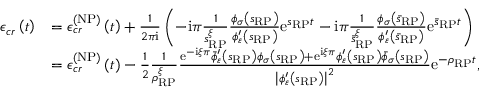
\begin{array} { r l } { \mathcal { \epsilon } _ { c r } \left( t \right) } & { = \mathcal { \epsilon } _ { c r } ^ { \left( \mathrm { N P } \right) } \left( t \right) + \frac { 1 } { 2 \pi \mathrm { i } } \left( - \mathrm { i } \pi \frac { 1 } { s _ { \scriptscriptstyle { \mathrm { R P } } } ^ { \xi } } \frac { \phi _ { \sigma } \left( s _ { \scriptscriptstyle { \mathrm { R P } } } \right) } { \phi _ { \varepsilon } ^ { \prime } \left( s _ { \scriptscriptstyle { \mathrm { R P } } } \right) } \mathrm { e } ^ { s _ { \scriptscriptstyle { \mathrm { R P } } } t } - \mathrm { i } \pi \frac { 1 } { \bar { s } _ { \scriptscriptstyle { \mathrm { R P } } } ^ { \xi } } \frac { \phi _ { \sigma } \left( \bar { s } _ { \scriptscriptstyle { \mathrm { R P } } } \right) } { \phi _ { \varepsilon } ^ { \prime } \left( \bar { s } _ { \scriptscriptstyle { \mathrm { R P } } } \right) } \mathrm { e } ^ { \bar { s } _ { \scriptscriptstyle { \mathrm { R P } } } t } \right) } \\ & { = \mathcal { \epsilon } _ { c r } ^ { \left( \mathrm { N P } \right) } \left( t \right) - \frac { 1 } { 2 } \frac { 1 } { \rho _ { \scriptscriptstyle { \mathrm { R P } } } ^ { \xi } } \frac { \mathrm { e } ^ { - \mathrm { i } \xi \pi } \bar { \phi } _ { \varepsilon } ^ { \prime } \left( s _ { \scriptscriptstyle { \mathrm { R P } } } \right) \phi _ { \sigma } \left( s _ { \scriptscriptstyle { \mathrm { R P } } } \right) + \mathrm { e } ^ { \mathrm { i } \xi \pi } \phi _ { \varepsilon } ^ { \prime } \left( s _ { \scriptscriptstyle { \mathrm { R P } } } \right) \bar { \phi } _ { \sigma } \left( s _ { \scriptscriptstyle { \mathrm { R P } } } \right) } { \left\vert \phi _ { \varepsilon } ^ { \prime } \left( s _ { \scriptscriptstyle { \mathrm { R P } } } \right) \right\vert ^ { 2 } } \mathrm { e } ^ { - \rho _ { \scriptscriptstyle { \mathrm { R P } } } t } , } \end{array}